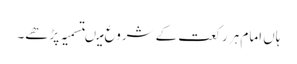
ہاں امام ہر رکعت کے شروع میںتسمیہ پڑھے۔